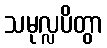
သမုလ္လပိတွာ